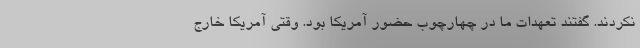
نکردند. گفتند تعهدات ما در چهارچوب حضور آمریکا بود. وقتی آمریکا خارج